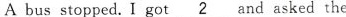
Abus stopped. I got \underline{2}and asked the